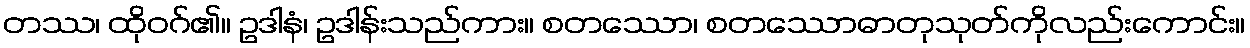
တဿ၊ ထိုဝဂ်၏။ ဥဒါနံ၊ ဥဒါန်းသည်ကား။ စတဿော၊ စတဿောဓာတုသုတ်ကိုလည်းကောင်း။